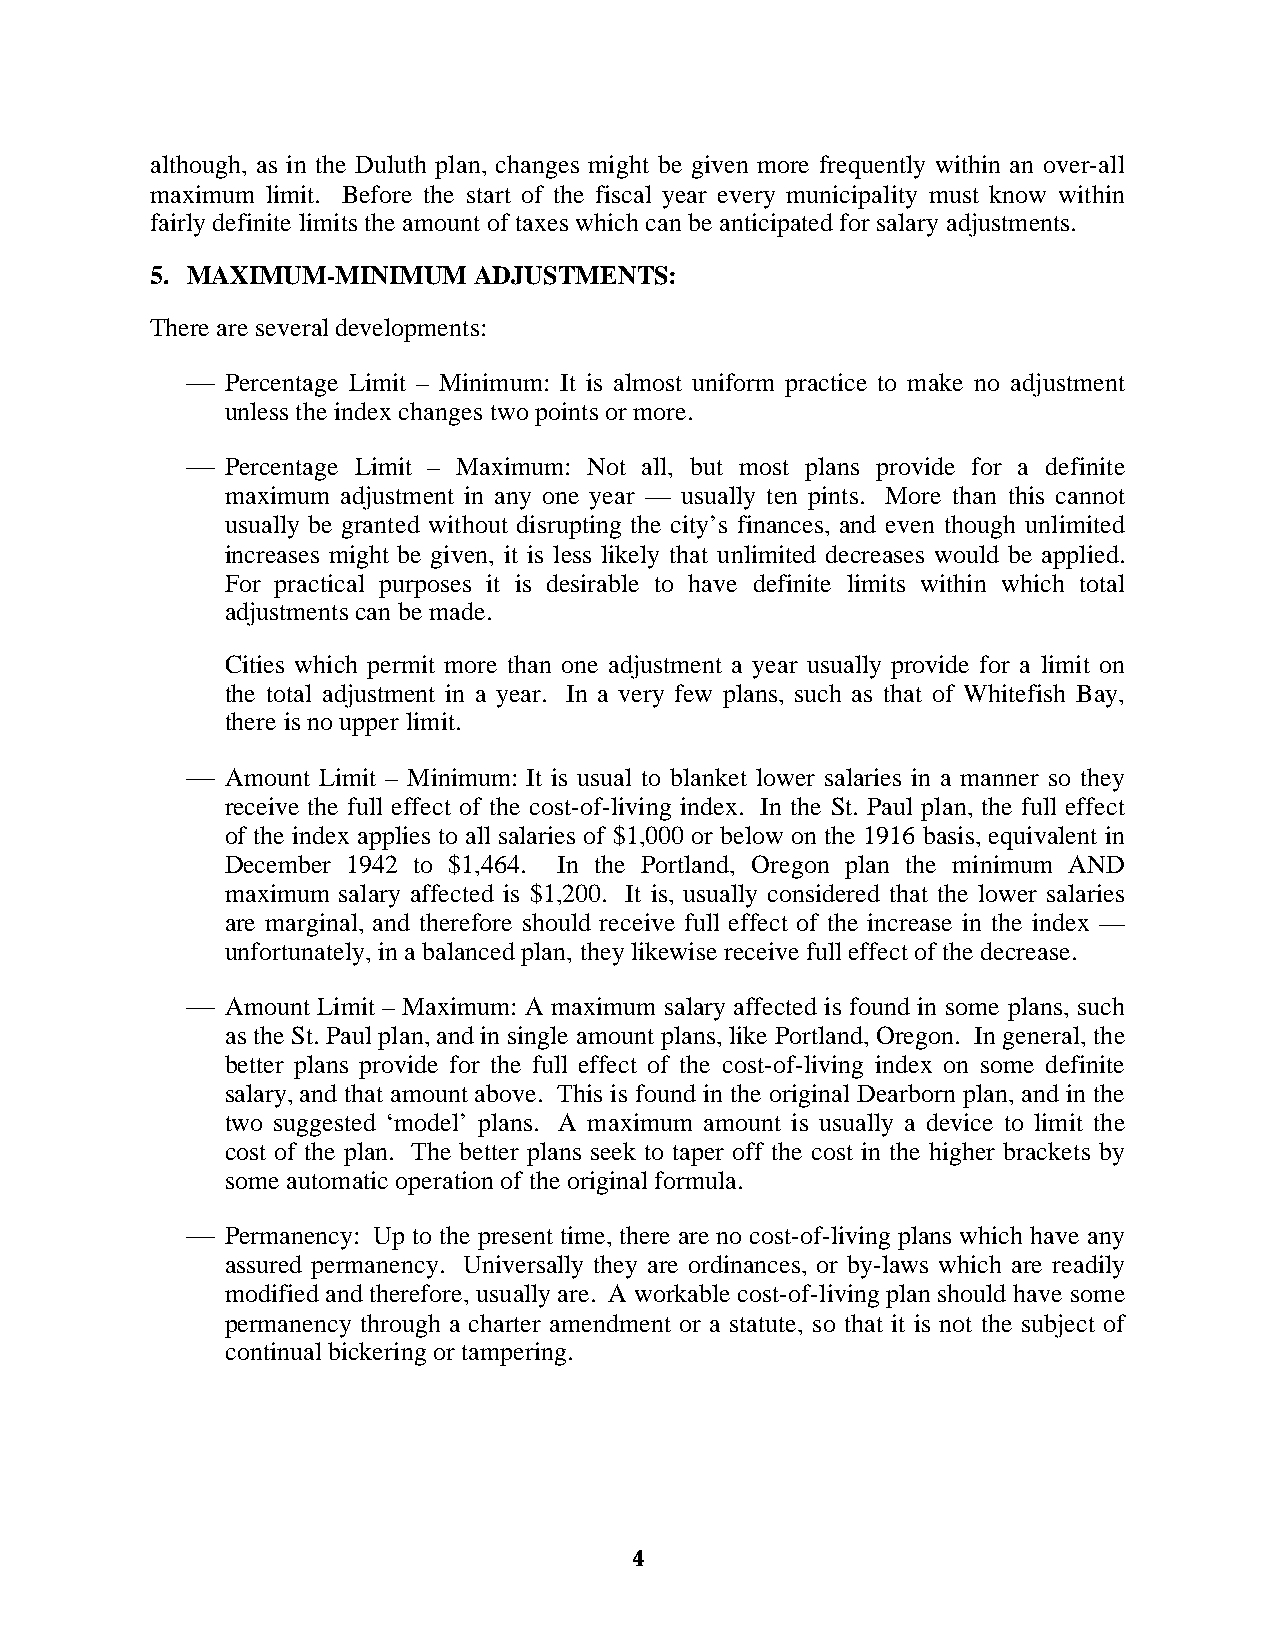
although, as in the Duluth plan, changes might be given more frequently within an over-all
 maximum limit. Before the start of the fiscal year every municipality must know within
 fairly definite limits the amount of taxes which can be anticipated for salary adjustments.
 5. MAXIMUM-MINIMUM   ADJUSTMENTS:
 There are several developments:
   Percentage Limit – Minimum: It is almost uniform practice to make no adjustment
 unless the index changes two points or more.
   Percentage Limit – Maximum: Not all, but most plans provide for a definite
 maximum adjustment in any one year — usually ten pints. More than this cannot
 usually be granted without disrupting the city’s finances, and even though unlimited
 increases might be given, it is less likely that unlimited decreases would be applied.
 For practical purposes it is desirable to have definite limits within which total
 adjustments can be made.
 Cities which permit more than one adjustment a year usually provide for a limit on
 the total adjustment in a year. In a very few plans, such as that of Whitefish Bay,
 there is no upper limit.
   Amount Limit – Minimum: It is usual to blanket lower salaries in a manner so they
 receive the full effect of the cost-of-living index. In the St. Paul plan, the full effect
 of the index applies to all salaries of $1,000 or below on the 1916 basis, equivalent in
 December 1942 to $1,464. In the Portland, Oregon plan the minimum AND
 maximum salary affected is $1,200. It is, usually considered that the lower salaries
 are marginal, and therefore should receive full effect of the increase in the index —
 unfortunately, in a balanced plan, they likewise receive full effect of the decrease.
   Amount Limit – Maximum: A maximum salary affected is found in some plans, such
 as the St. Paul plan, and in single amount plans, like Portland, Oregon. In general, the
 better plans provide for the full effect of the cost-of-living index on some definite
 salary, and that amount above. This is found in the original Dearborn plan, and in the
 two suggested ‘model’ plans. A maximum amount is usually a device to limit the
 cost of the plan. The better plans seek to taper off the cost in the higher brackets by
 some automatic operation of the original formula.
   Permanency: Up to the present time, there are no cost-of-living plans which have any
 assured permanency. Universally they are ordinances, or by-laws which are readily
 modified and therefore, usually are. A workable cost-of-living plan should have some
 permanency through a charter amendment or a statute, so that it is not the subject of
 continual bickering or tampering.
 4